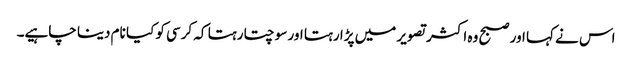
اس نے کہا اور صبح وہ اکثر تصویر میں پڑا رہتا اور سوچتا رہتا کہ کرسی کو کیا نام دینا چاہیے۔